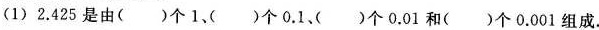
(1)2.425是由( )个1、( )个0.1、( )个0.01和( )个0.001组成.